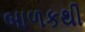
બાળકથી